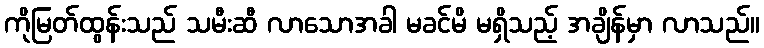
ကိုမြတ်ထွန်းသည် သမီးဆီ လာသောအခါ မခင်မိ မရှိသည့် အချိန်မှာ လာသည်။